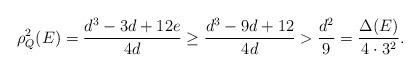
LaTeX: \begin{align*}\rho^2_Q(E) = \frac{d^3 - 3d + 12e}{4d} \geq \frac{d^3 - 9d + 12}{4d} > \frac{d^2}{9} = \frac{\Delta(E)}{4 \cdot 3^2}.\end{align*}